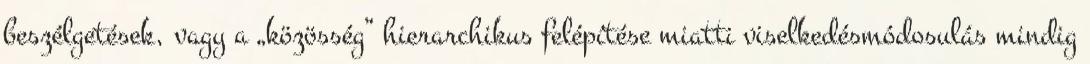
beszélgetések, vagy a „közösség” hierarchikus felépítése miatti viselkedésmódosulás mindig